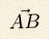
\vec{AB}